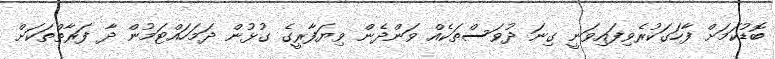
ބޮޑުކަމަށް ފާހަގަކުރެވިފައިވަނީ ގިނަ ދުވަސްތަކެއް ވަންދެން ވިޔަފާރީގެ ގުޅުން ދަމަހައްޓަމުން ދާ ފަރާތްތަކަށް